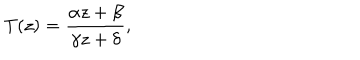
LaTeX: T ( z ) = { \frac { \alpha z + \beta } { \gamma z + \delta } } ,